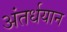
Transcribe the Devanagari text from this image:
अंतर्धयान